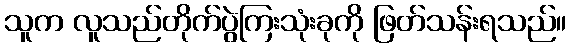
သူက လူသည်တိုက်ပွဲကြးသုံးခုကို ဖြတ်သန်းရသည်။